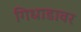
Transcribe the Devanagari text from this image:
गिधाडावर